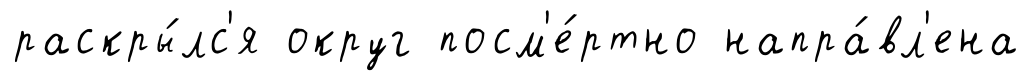
раскры́лс'я округ посм'е́ртно напра́вл'ена